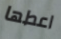
اعطها